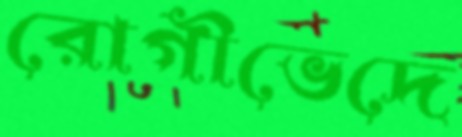
রোগীভেদে